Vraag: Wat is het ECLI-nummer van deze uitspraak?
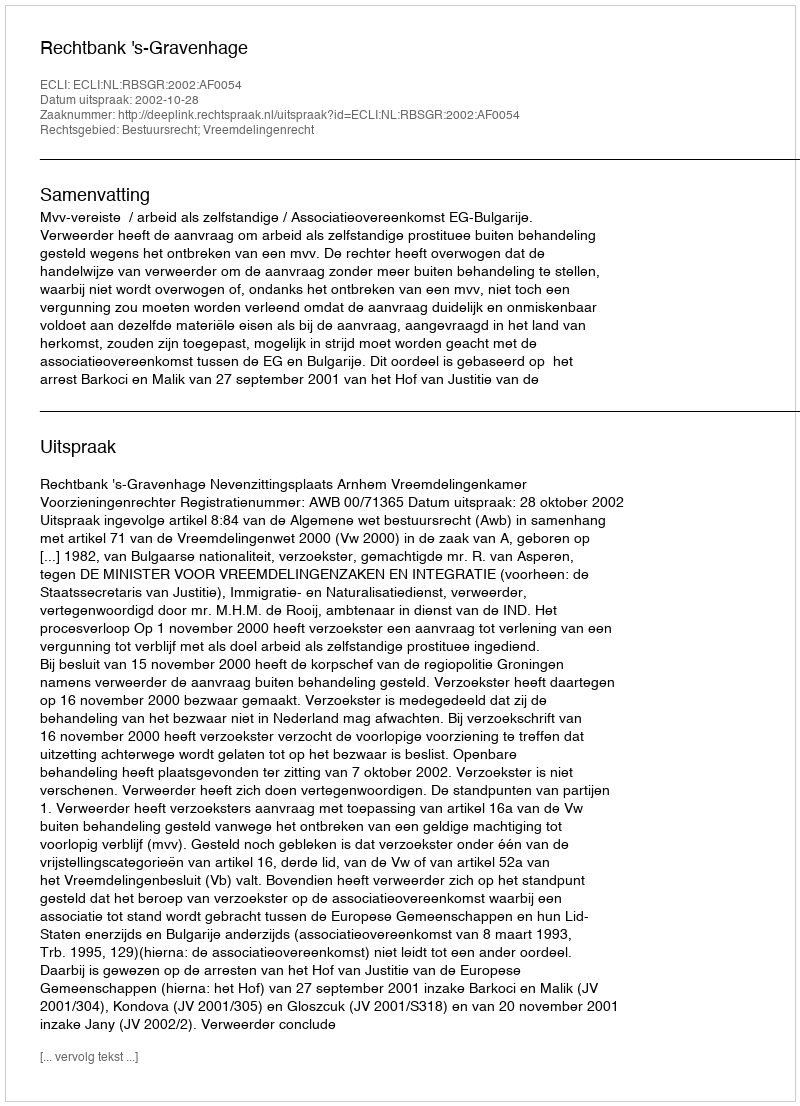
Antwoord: ECLI:NL:RBSGR:2002:AF0054